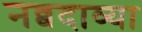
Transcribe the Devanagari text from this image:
नव्वदाव्या